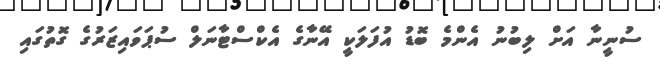
ސުނީނާ އަށް ލިބުނު އެންމެ ބޮޑު އުފަލަކީ އޭނާގެ އެކްސްޓާނަލް ސުޕަވައިޒަރުގެ ގޮތުގައި